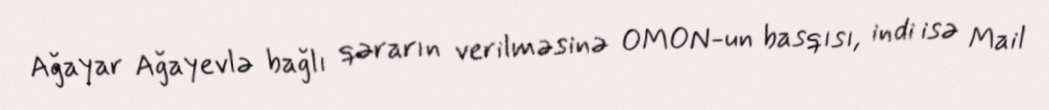
Ağayar Ağayevlə bağlı qərarın verilməsinə OMON-un basqısı, indi isə Mail